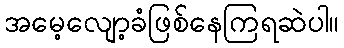
အမေ့လျော့ခံဖြစ်နေကြရဆဲပါ။